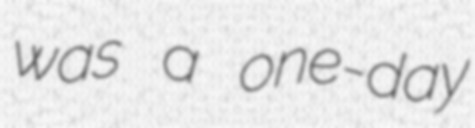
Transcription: was a one-day